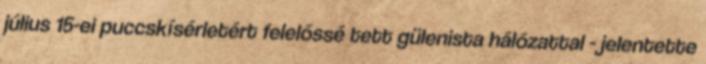
július 15-ei puccskísérletért felelőssé tett gülenista hálózattal - jelentette